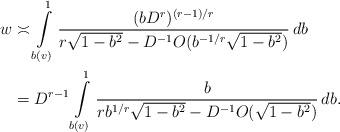
LaTeX: \begin{align*} w &\asymp \int\limits_{b(v)}^1 \frac{(bD^r)^{(r-1)/r}}{r \sqrt{1-b^2} - D^{-1} O(b^{-1/r} \sqrt{1-b^2})} \, db \\&= D^{r-1} \int\limits_{b(v)}^1 \frac{b}{r b^{1/r}\sqrt{1-b^2} - D^{-1} O( \sqrt{1-b^2})} \, db.\end{align*}